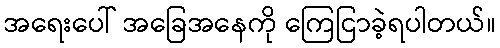
အရေးပေါ် အခြေအနေကို ကြေငြာခဲ့ရပါတယ်။